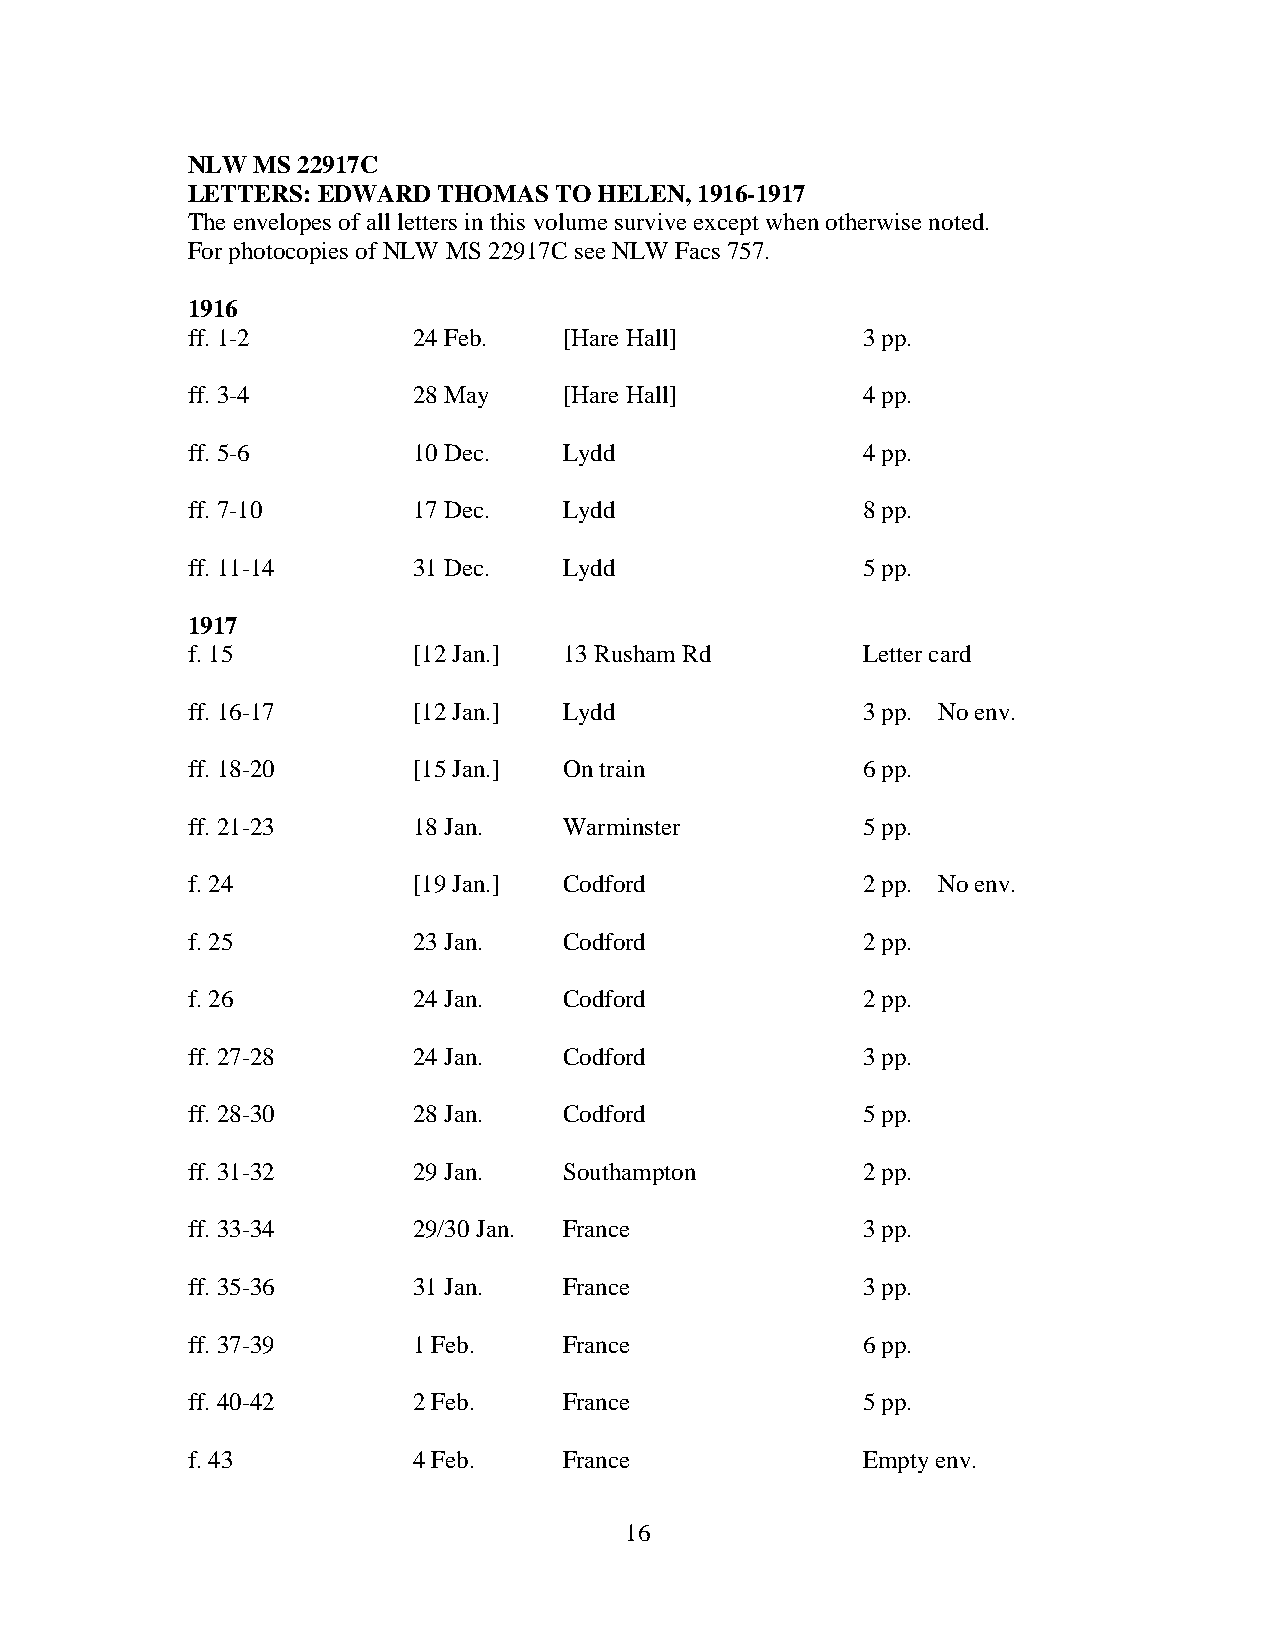
NLW  MS 22917C
 LETTERS: EDWARD  THOMAS  TO HELEN, 1916-1917
 The envelopes of all letters in this volume survive except when otherwise noted.
 For photocopies of NLW MS 22917C see NLW Facs 757.
 1916
 ff. 1-2        24 Feb.   [Hare Hall]         3 pp.
 ff. 3-4        28 May    [Hare Hall]         4 pp.
 ff. 5-6        10 Dec.   Lydd                4 pp.
 ff. 7-10       17 Dec.   Lydd                8 pp.
 ff. 11-14      31 Dec.   Lydd                5 pp.
 1917
 f. 15          [12 Jan.] 13 Rusham Rd        Letter card
 ff. 16-17      [12 Jan.] Lydd                3 pp. No env.
 ff. 18-20      [15 Jan.] On train            6 pp.
 ff. 21-23      18 Jan.   Warminster          5 pp.
 f. 24          [19 Jan.] Codford             2 pp. No env.
 f. 25          23 Jan.   Codford             2 pp.
 f. 26          24 Jan.   Codford             2 pp.
 ff. 27-28      24 Jan.   Codford             3 pp.
 ff. 28-30      28 Jan.   Codford             5 pp.
 ff. 31-32      29 Jan.   Southampton         2 pp.
 ff. 33-34      29/30 Jan. France             3 pp.
 ff. 35-36      31 Jan.   France              3 pp.
 ff. 37-39      1 Feb.    France              6 pp.
 ff. 40-42      2 Feb.    France              5 pp.
 f. 43          4 Feb.    France              Empty env.
 16